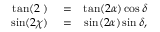
\begin{array} { r l r } { \tan ( 2 { \it \Psi } ) } & { { } = } & { \tan ( 2 \alpha ) \cos \delta } \\ { \sin ( 2 \chi ) } & { { } = } & { \sin ( 2 \alpha ) \sin \delta , } \end{array}